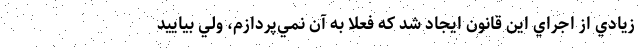
زيادي از اجراي اين قانون ايجاد شد كه فعلا به آن نمي‌پردازم، ولي بياييد